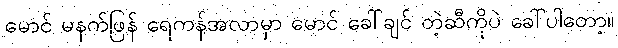
မောင် မနက်ဖြန် ရေကန်အလာမှာ မောင် ခေါ်ချင် တဲ့ဆီကိုပဲ ခေါ်ပါတော့။